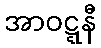
အာဝဋ္ဋနီ